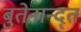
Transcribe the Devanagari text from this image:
बुतेनान्द्त